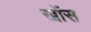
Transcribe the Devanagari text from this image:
खोंस